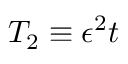
T _ { 2 } \equiv \epsilon ^ { 2 } t